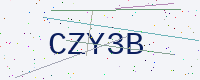
Text: CZY3B